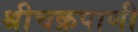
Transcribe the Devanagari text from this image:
श्रीचक्रपाणी